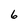
Character: 6